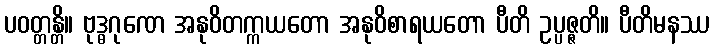
ပဝတ္တန္တိ။ ဗုဒ္ဓဂုဏေ အနုဝိတက္ကယတော အနုဝိစာရယတော ပီတိ ဥပ္ပဇ္ဇတိ။ ပီတိမနဿ